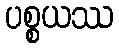
ပစ္စယဿ